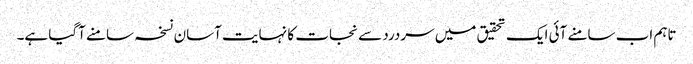
تاہم اب سامنے آئی ایک تحقیق میں سردرد سے نجات کا نہایت آسان نسخہ سامنے آگیا ہے۔